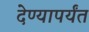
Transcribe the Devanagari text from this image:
देण्यापर्यंत